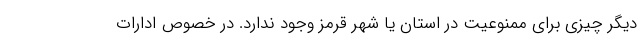
دیگر چیزی برای ممنوعیت در استان یا شهر قرمز وجود ندارد. در خصوص ادارات